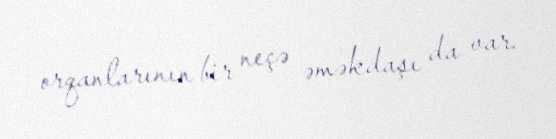
orqanlarının bir neçə əməkdaşı da var.